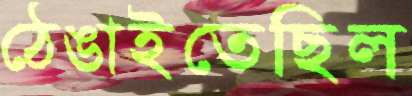
ঠেঙাইতেছিল